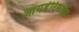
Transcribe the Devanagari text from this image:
आयडेंटिफाइड